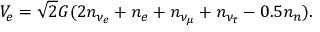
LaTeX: V _ { e } = \sqrt { 2 } G ( 2 n _ { \nu _ { e } } + n _ { e } + n _ { \nu _ { \mu } } + n _ { \nu _ { \tau } } - 0 . 5 n _ { n } ) .